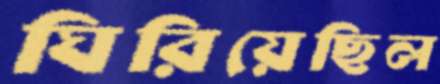
ঘিরিয়েছিল